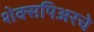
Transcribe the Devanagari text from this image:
शेक्सपिअरचे